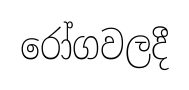
රෝගවලදී